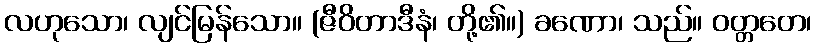
လဟုသော၊ လျင်မြန်သော။ (ဇီဝိတာဒီနံ၊ တို့၏။) ခဏော၊ သည်။ ဝတ္တတေ၊